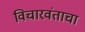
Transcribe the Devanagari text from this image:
विचारवंताचा